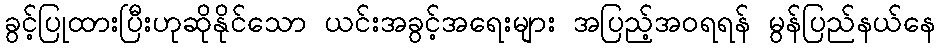
ခွင့်ပြုထားပြီးဟုဆိုနိုင်သော ယင်းအခွင့်အရေးများ အပြည့်အဝရရန် မွန်ပြည်နယ်နေ